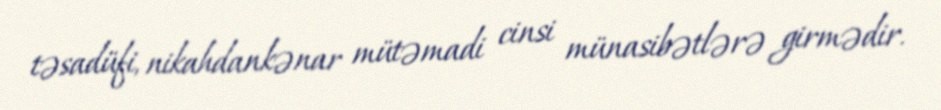
təsadüfi, nikahdankənar mütəmadi cinsi münasibətlərə girmədir.